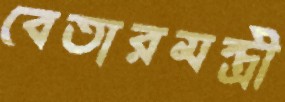
বেতারমন্ত্রী